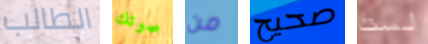
الطالب صوتك من صحيح لست